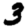
Digit: 3